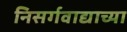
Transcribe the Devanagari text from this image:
निसर्गवाद्याच्या